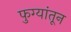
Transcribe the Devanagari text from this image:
फुग्यांतून